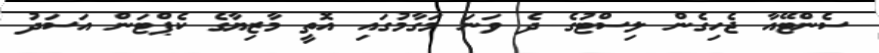
ސެންޓޭއާ ޖެހިގެން ލިސްޓުގެ ދެ ވަނަ މަގާމުގައި އޮތީ މާޒިޔާގެ ކެޕްޓަން އަސަދު